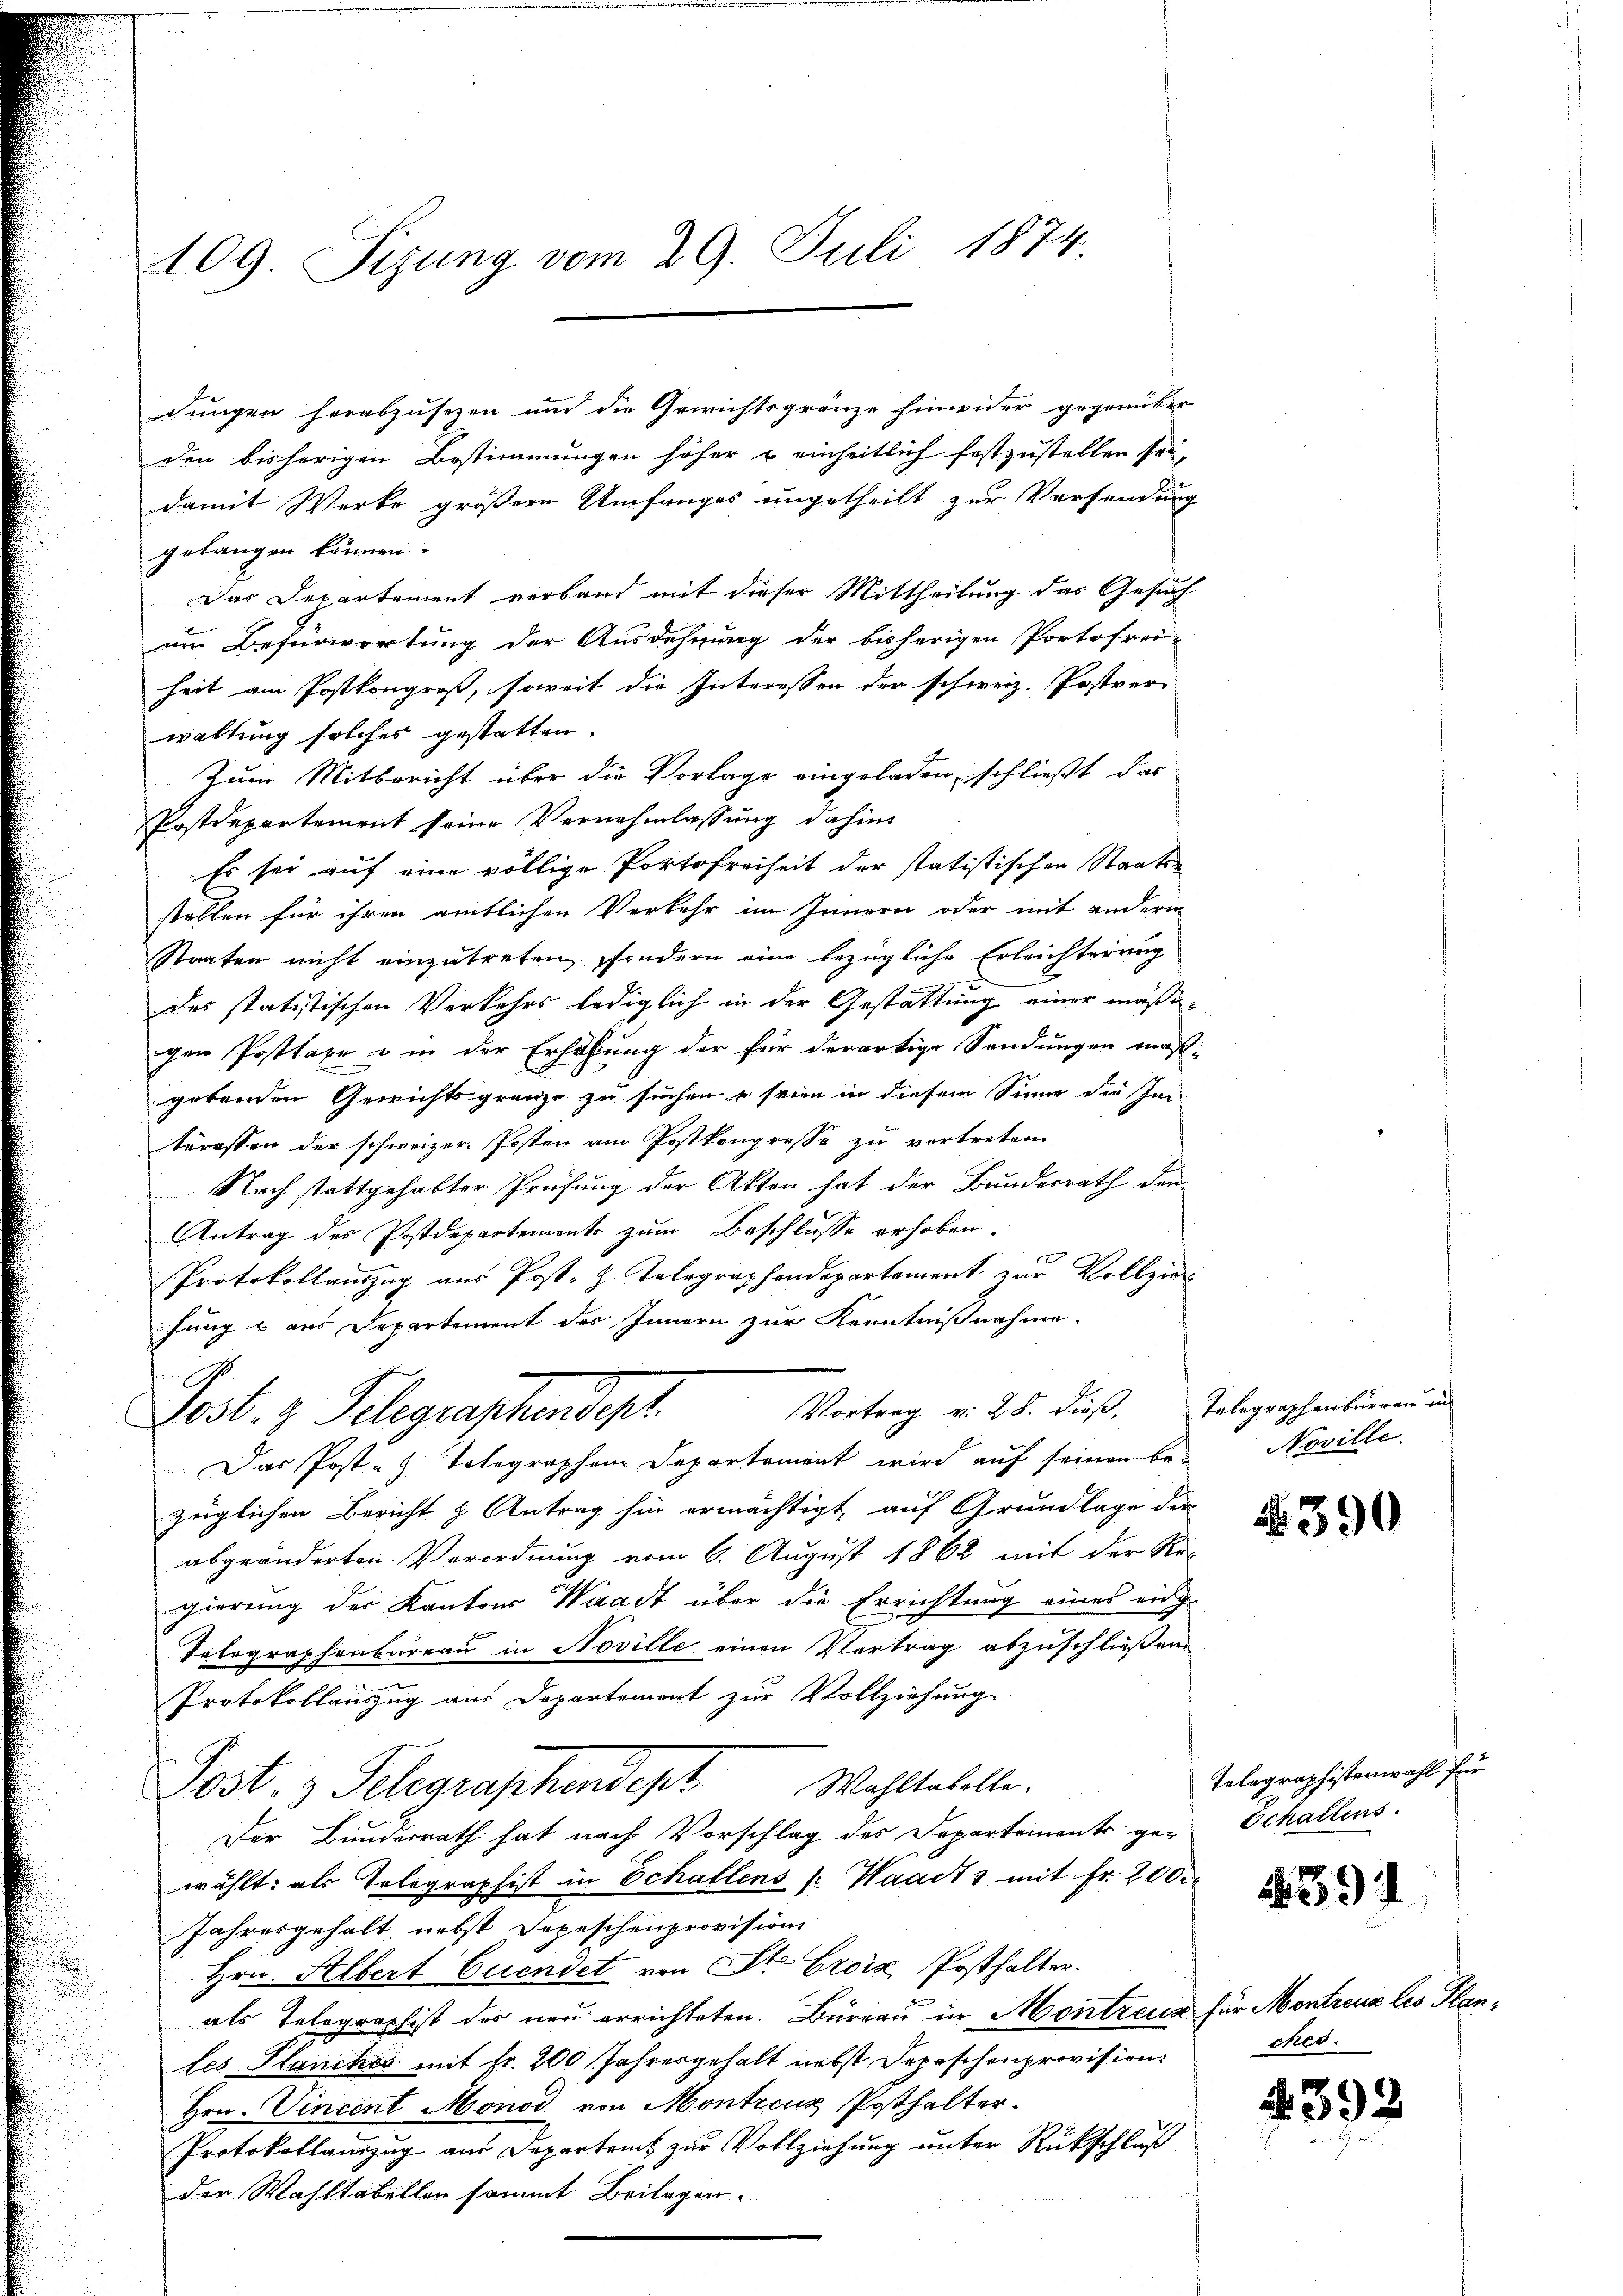
¬
u

109. Sizung vom 29. Juli 1874

gelangen können.
waltung solches gestatten.
Lest. z. Telegraphendept
Hrn. Albert Cuendet von St. Croiz Posthalter.
als Telegraphist der neu errichteten Büreau in Montreur für Montreuz les Planles Planches mit fr. 200 Jahresgehalt nebst Depeschenprovision.
Hrn. Vincent Monod, von Montreuz Posthalter.
Protokollauszug aus Departeit zur Vollziehung unter Rückschluß
der Wahltabellen sammt Beilagen.

dungen herabzusezen und die Gewichtsgränze hinwider gegenüber
den bisherigen Bestimmungen höher & einheitlich festzustellen sei,
damit Werke größere Umfanges ungetheilt zur Versendung
Das Departement verband mit dieser Mittheilung das Gesuch
um Befürwortung der Ausdehnung der bisherigen Portofrei-
heit am Postkongroß, soweit die Interessen der schweiz. Postver-
Zum Mitbericht über die Vorlage eingeladen, schließt das
Postdepartement seine Vernehmlassung dahin
Es sei auf eine völlige Portofreiheit der statistischen Staatsstellen für ihren amtlichen Verkehr im Innern oder mit andern
Staaten nicht einzutreten, sondern eine bezügliche Erleichterung
des statistischen Verkehrs lediglich in der Gestattung einer mäßigen Posttaxe u in der Erhöhung der für derartige Sendungen maß-
gebenden Gewichtsgrenze zu suchen u seien in diesem Sinne die Im
teressen der schweizer. Posten am Postkongresse zu vertreten
Nach stattgehabter Prüfung der Akten hat der Bundesrath den
Antrag des Postdepartements zum Beschlusse erhoben.
Protokollauszug aus Post. h. Telegraphendepartament zur Vollzier
hung & aus Departement des Innern zur Kenntnißnahme.
Vortrag v. 28. dieß. Telegraphenbureau in
Das Post- Telegraphen Departement wird auf seinen be- Noville.
züglichen Bericht & Antrag hin ermächtigt, auf Grundlage der
abgeänderten Verordnung vom 6. August 1862 mit der Re-
gierung der Kantons Waadt über die Errichtung eines eing¬
Telegraphenbureau in Noville einen Vertrag abzuschließen.
Protokollauszug aus Departement zur Vollziehung.
Post. z. Telegraphendept. Wohltabelle.
Der Bunderrath hat nach Vorschlag des Departements ge- Echallens.
wählt: als Telegraphist in Schallens (Waadt & mit Fr. 200.
Jahresgehalt, nebst Depeschenprovisions

390

Tolographistenwahl für
ches.

1391

4392